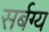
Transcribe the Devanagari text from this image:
सर्बग्य